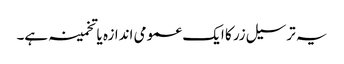
یہ ترسیل زر کا ایک عمومی اندازہ یا تخمینہ ہے۔